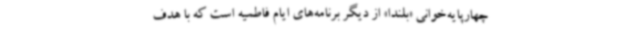
چهارپایه‌خوانی «بلندا» از دیگر برنامه‌های ایام فاطمیه است که با هدف